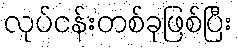
လုပ်ငန်းတစ်ခုဖြစ်ပြီး